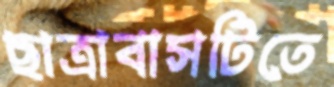
ছাত্রাবাসটিতে